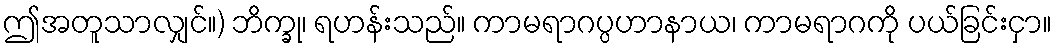
ဤအတူသာလျှင်။) ဘိက္ခု၊ ရဟန်းသည်။ ကာမရာဂပ္ပဟာနာယ၊ ကာမရာဂကို ပယ်ခြင်းငှာ။